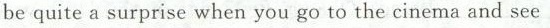
be quite a surprise when you go to the cinema and see